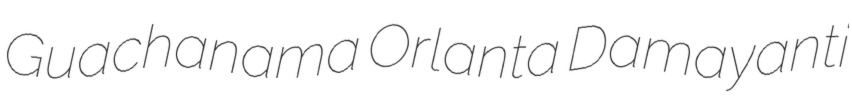
Guachanama Orlanta Damayanti